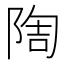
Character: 𨺃